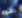
رشوة